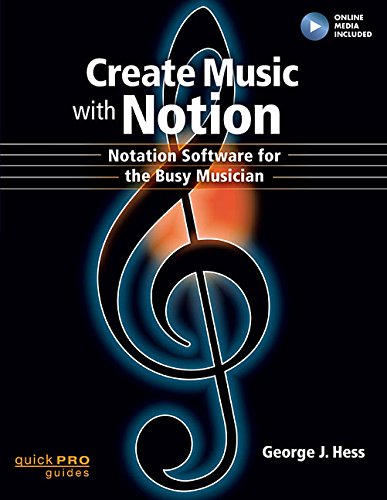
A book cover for Create Music with Notion: Notation Software for the Busy Musician (Quick Pro Guides); George J. Hess; Computers & Technology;